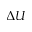
\Delta U